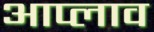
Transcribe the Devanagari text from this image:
आप्लाव